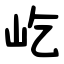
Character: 屹